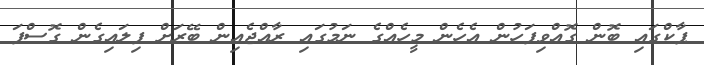
ޕާކްގައި ބޮން ގޮއްވިފަހުން އެހެން މީހެއްގެ ނަމުގައި ރާއްޖެއިން ބޭރަށް ފިލައިގެން ގޮސްފަ